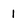
Character: 1